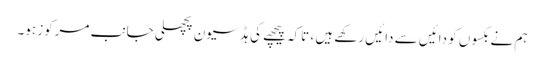
ہم نے بکسوں کو دائیں سے دائیں رکھے ہیں ، تاکہ پیچھے کی ہڈ سیون پچھلی جانب مرکوز ہو۔